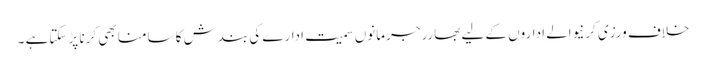
خلاف ورزی کرنیوالے اداروں کے لیے بھارر جرمانوں سمیت ادارے کی بندش کا سامنا بھی کرنا پڑ سکتاہے ۔